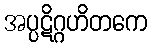
အပ္ပဋိဂ္ဂဟိတကေ